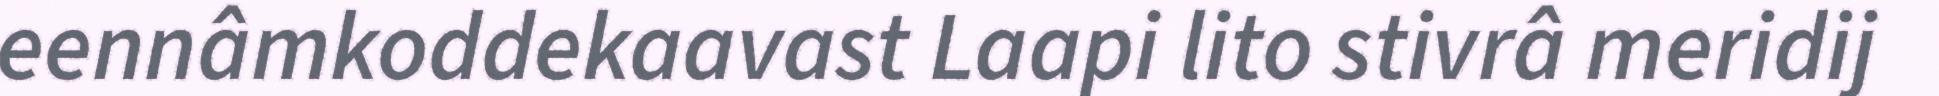
eennâmkoddekaavast Laapi lito stivrâ meridij